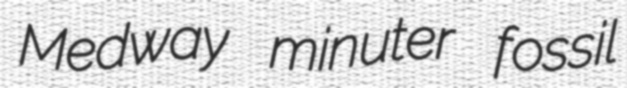
Medway minuter fossil